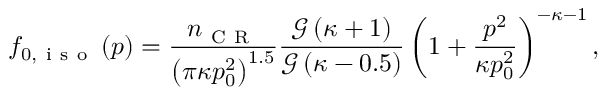
f _ { 0 , \mathrm { ~ i ~ s ~ o ~ } } \left( \boldsymbol { p } \right) = \frac { n _ { \mathrm { ~ C ~ R ~ } } } { \left( \pi \kappa p _ { 0 } ^ { 2 } \right) ^ { 1 . 5 } } \frac { \mathcal { G } \left( \kappa + 1 \right) } { \mathcal { G } \left( \kappa - 0 . 5 \right) } \left( 1 + \frac { p ^ { 2 } } { \kappa p _ { 0 } ^ { 2 } } \right) ^ { - \kappa - 1 } ,